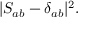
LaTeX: | S _ { a b } - \delta _ { a b } | ^ { 2 } .